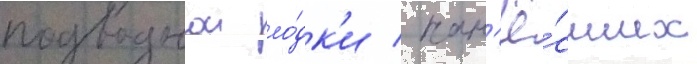
подводнои ло́дк'и / нан'ё́сших